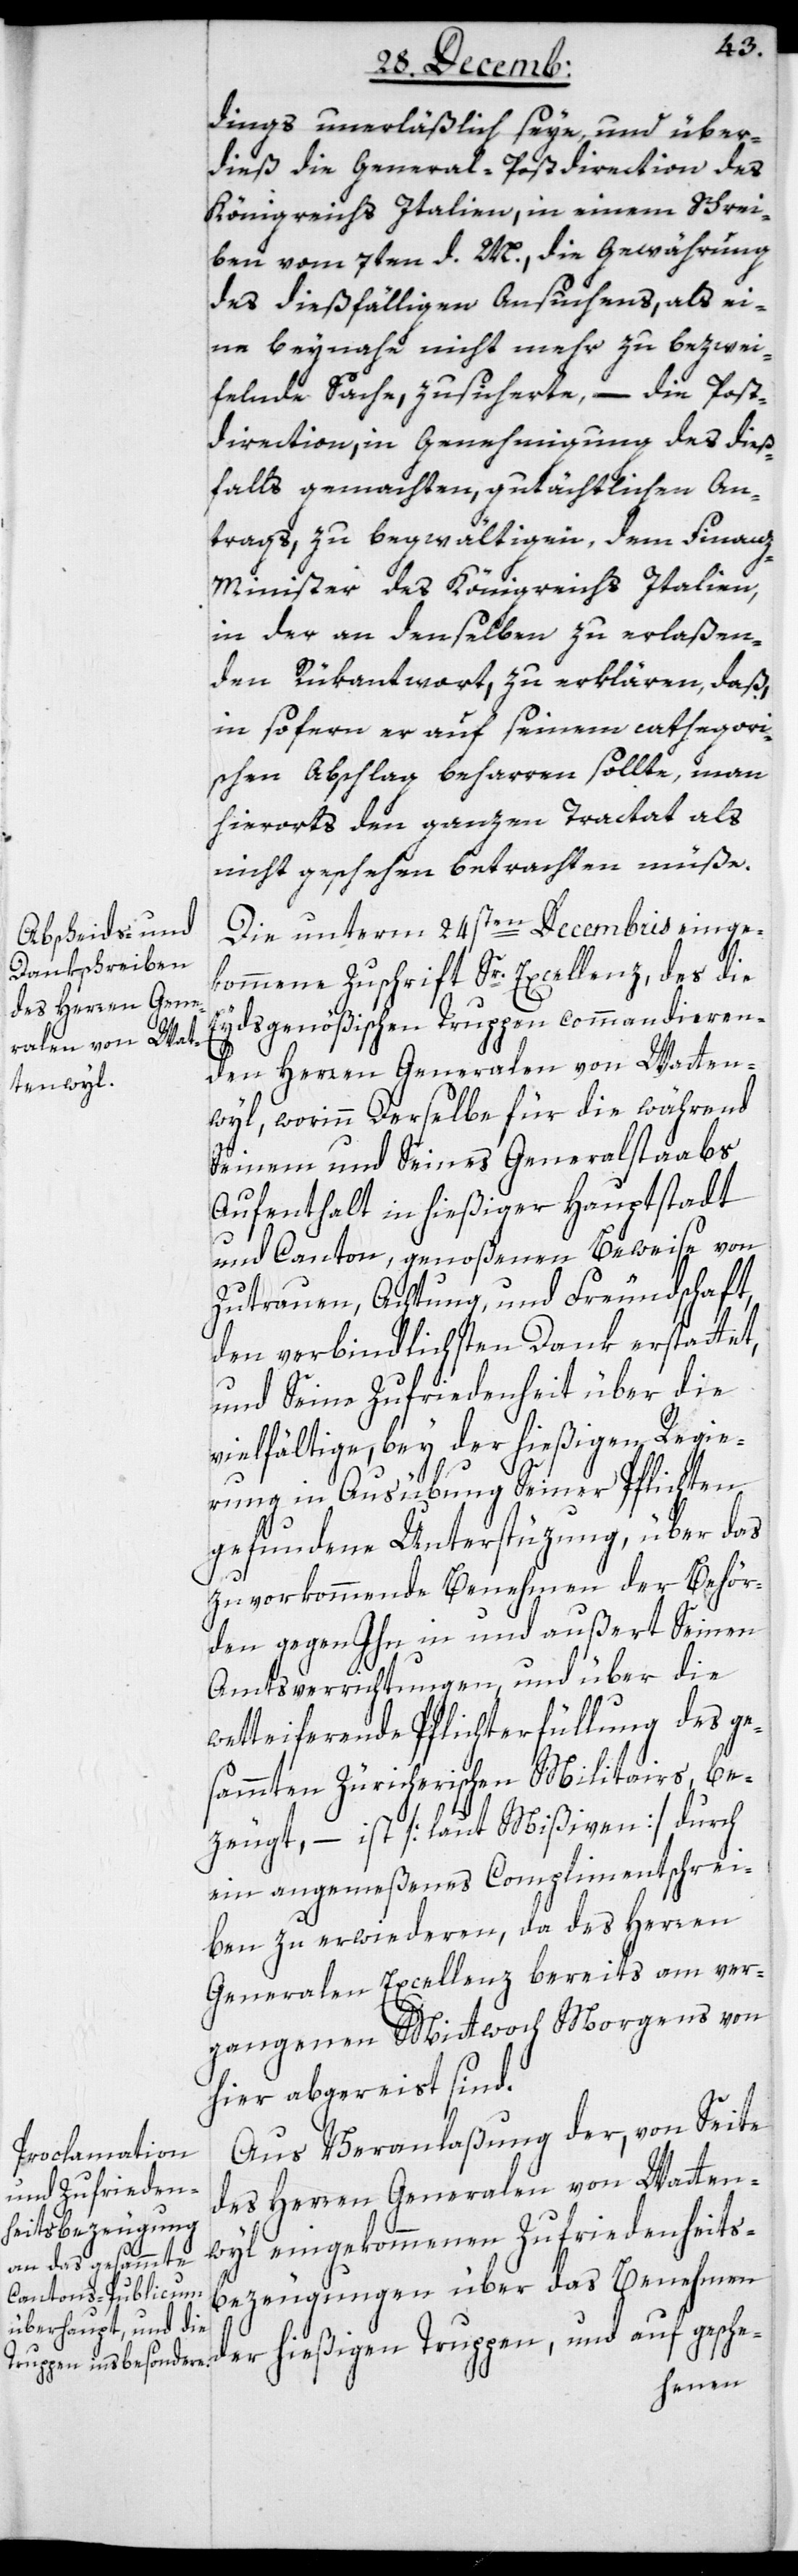
he-
dings unerläßlich seye, und über¬
dieß die General-Postdirection des
Königreichs Italien, in einem Schrei¬
ben vom 7ten d. M., die Gewährung
des dießfälligen Ansuchens, als ei¬
ne beynahe nicht mehr zu bezwey¬
felnde Sache, zusicherte, – die Post¬
direction, in Genehmigung des dieß¬
falls gemachten gutächtlichen An¬
trags, zu begwältigen, dem Finanz-M¬
inister des Königreichs Italien,
in der an denselben zu erlaßen¬
den Rükantwort zu erklären, daß
insofern er auf seinem cathegori¬
schen Abschlag beharren sollte, man
hierorts den ganzen Tractat als
nicht geschehen betrachten müße.
Die unterm 24sten Decembris einge¬
kommene Zuschrift Sr. Excellenz, des die
Eydsgenößischen Truppen commandieren¬
den Herren Generalen von Watten¬
wyl, worinn Derselbe für die während
Seinem und seines Generalstaabs
Aufenthalt in hießiger Hauptstadt
und Canton, genoßenen Beweise von
Zutrauen, Achtung und Freundschaft,
den verbindlichsten Dank erstattet,
und Seine Zufriedenheit über die
vielfältige, bey der hießigen Regie¬
rung in Ausübung Seiner Pflichten
gefundene Unterstüzung, über das
zuvorkommende Benehmen der Behör¬
den gegen Ihn in und außert Seinen
Amtsverrichtungen und über die
wetteifernde Pflichterfüllung des ge¬
sammten Zürcherischen Militars, be¬
zeugt, – ist [laut Mißiven] durch
ein angemeßenes Complimentschrei¬
ben zu erwideren, da des Herren
Generalen Excellenz bereits am ver¬
gangenen Mittwoch Morgens von
hier abgereist sind.
Aus Veranlaßung der, von Seite
des Herren Generalen von Watten¬
wyl eingekommenen Zufriedenheits-B¬
ezeugungen über das Benehmen
der hießigen Truppen, und auf gesche¬